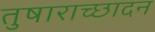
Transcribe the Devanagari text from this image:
तुषाराच्छादन